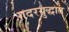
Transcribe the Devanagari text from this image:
गदरयुद्धात